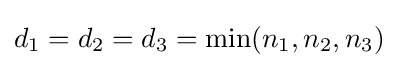
d_{1}=d_{2}=d_{3}=\min(n_{1},n_{2},n_{3})